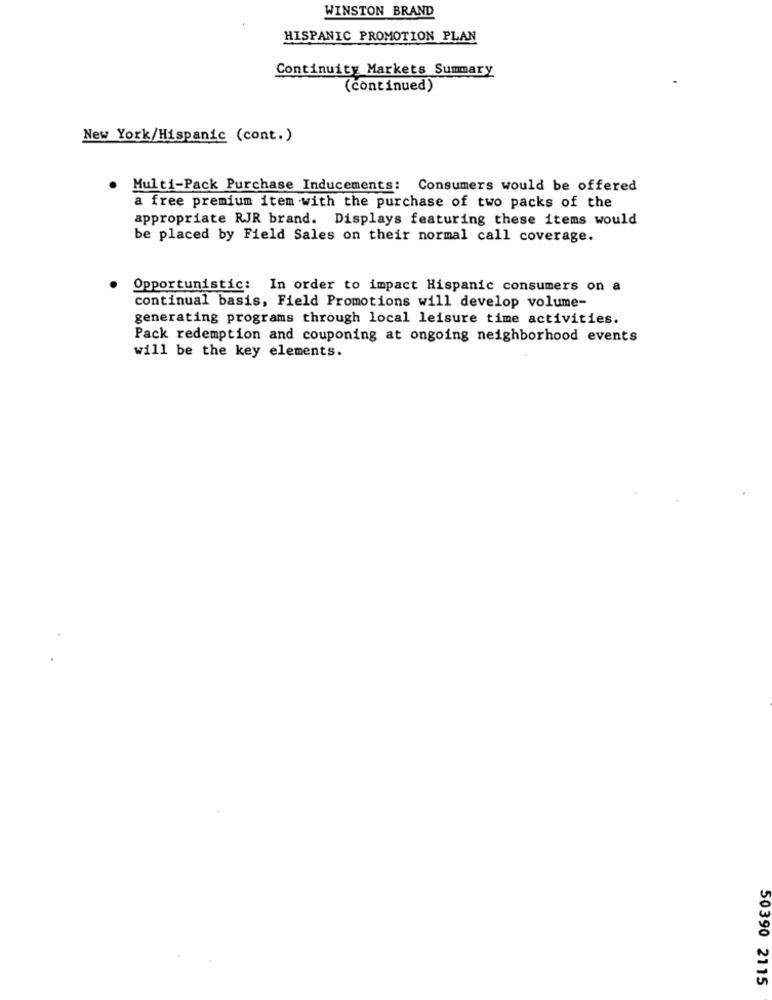
WINSTON BRAND
HISPANIC PROMOTION PLAN
Continuity Markets Summary
(continued)
New York/Hispanic (cont.)
Multi-Pack Purchase Inducements: Consumers would be offered
a free premium item with the purchase of two packs of the
appropriate RJR brand. Displays featuring these items would
be placed by Field Sales on their normal call coverage.
Opportunistic: In order to impact Hispanic consumers on a
continual basis, Field Promotions will develop volume-
generating programs through local leisure time activities.
Pack redemption and couponing at ongoing neighborhood events
will be the key elements.
50390 2115